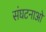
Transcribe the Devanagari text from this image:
संघटनाओ